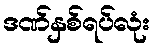
ဒဏ်နှစ်ရပ်လုံး